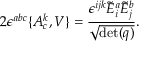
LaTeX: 2 \epsilon ^ { a b c } \{ A _ { c } ^ { k } , V \} = { \frac { \epsilon ^ { i j k } { \tilde { E } } _ { i } ^ { a } { \tilde { E } } _ { j } ^ { b } } { \sqrt { \operatorname* { d e t } ( q ) } } } .